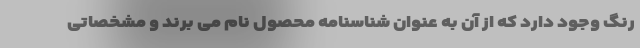
رنگ وجود دارد که از آن به عنوان شناسنامه محصول نام می برند و مشخصاتی